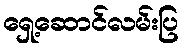
ရှေ့ဆောင်လမ်းပြ